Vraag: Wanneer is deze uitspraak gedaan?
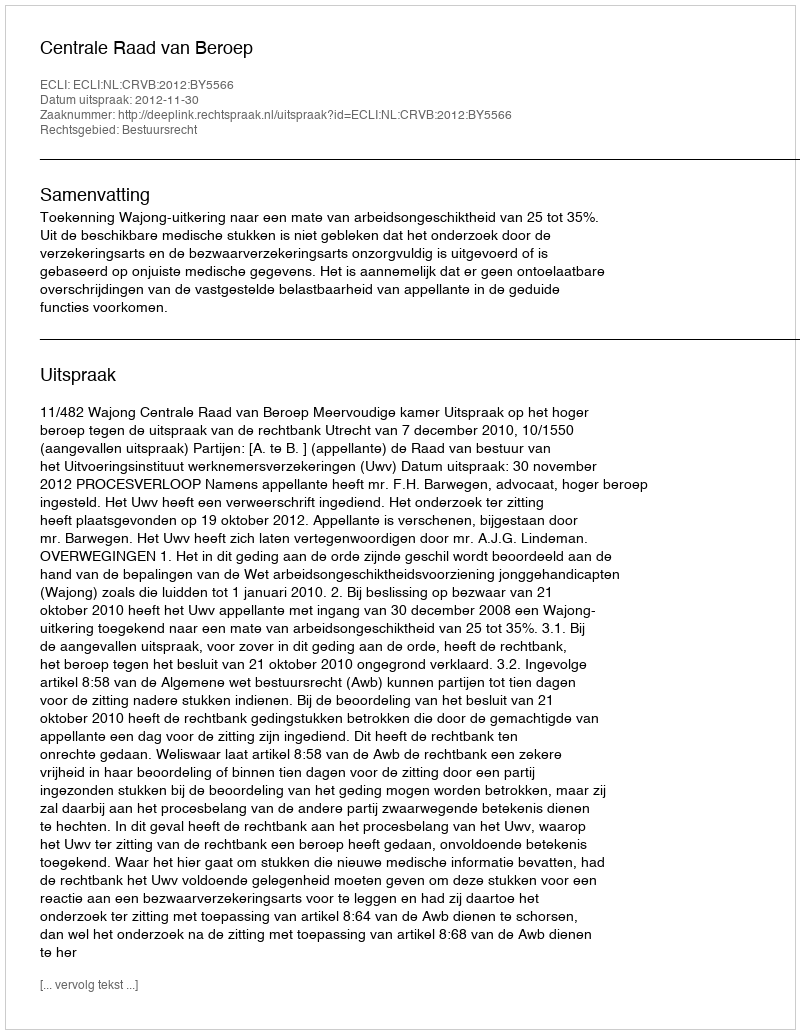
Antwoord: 2012-11-30